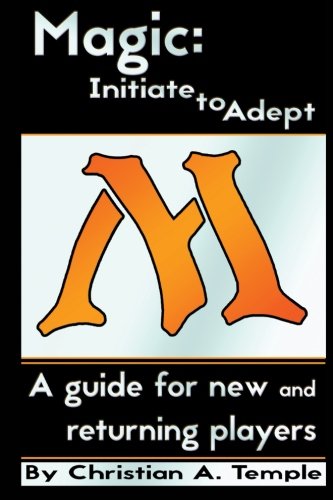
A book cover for Magic: Initiate to Adept: A guide for new and returning players; Christian Temple; Humor & Entertainment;